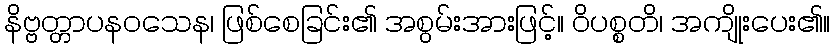
နိဗ္ဗတ္တာပနဝသေန၊ ဖြစ်စေခြင်း၏ အစွမ်းအားဖြင့်။ ဝိပစ္စတိ၊ အကျိုးပေး၏။